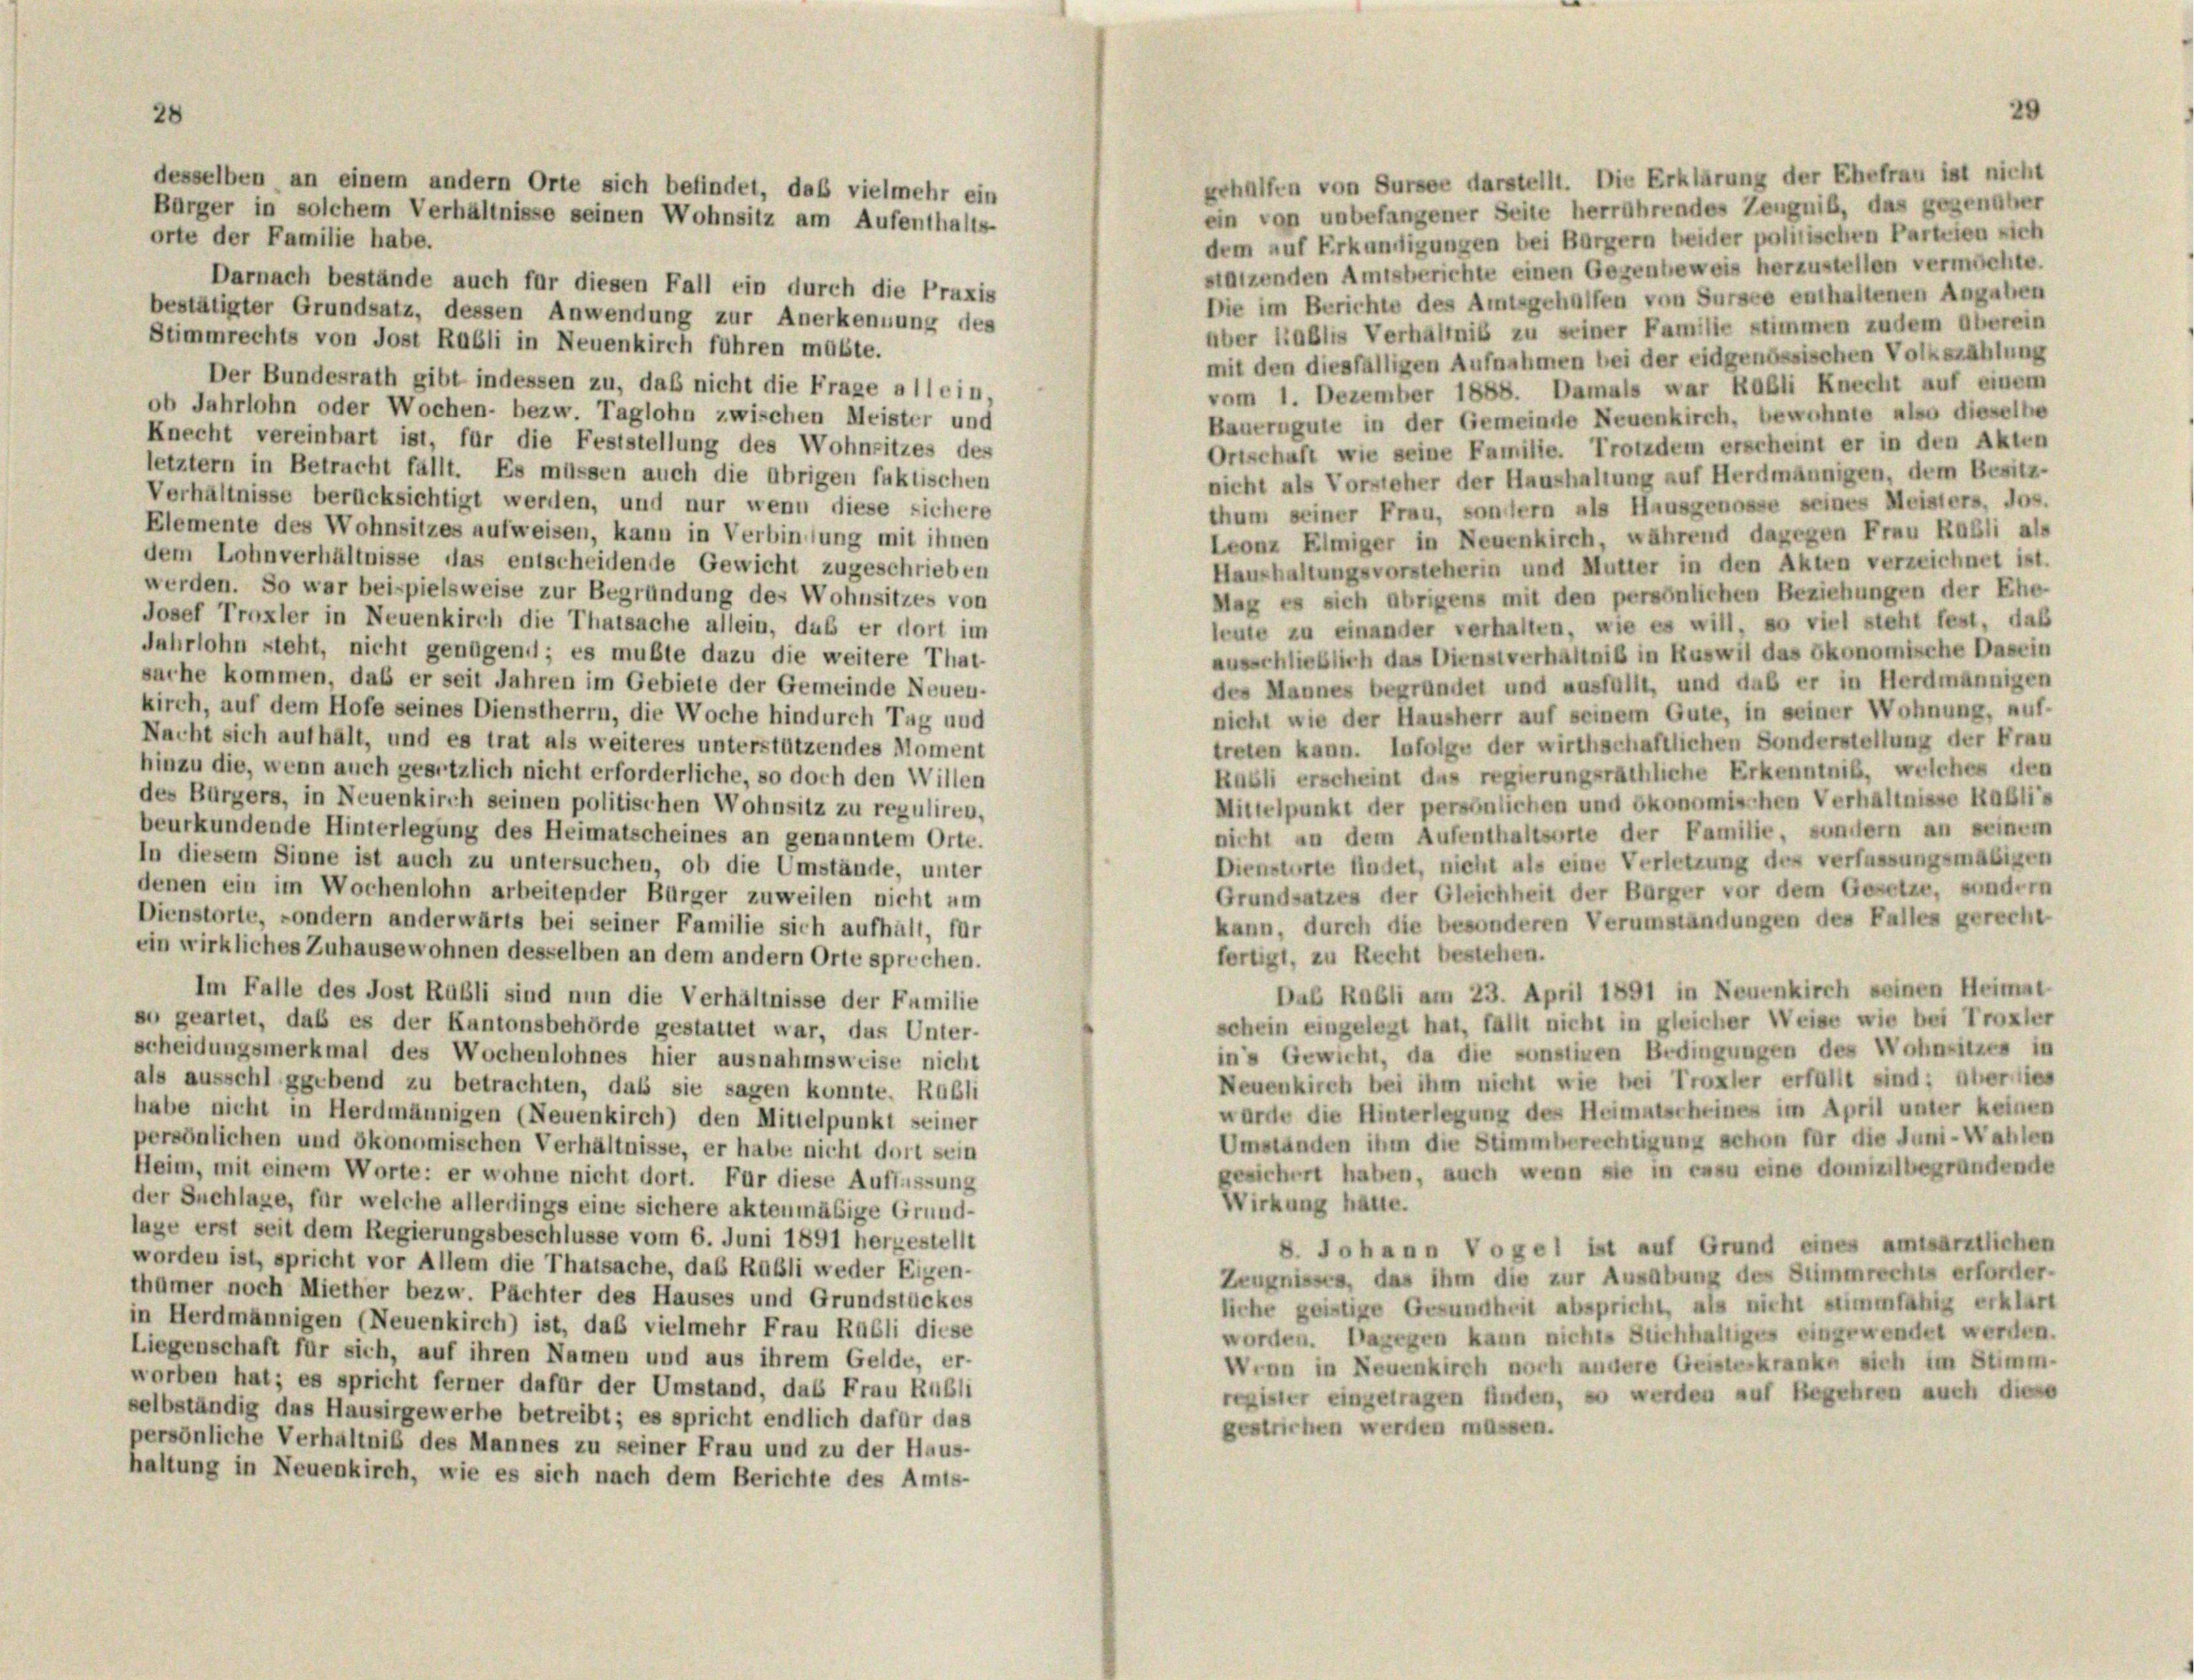
28

erhalten von Sursee darstellt. Die Erklärung der Ehefrau ist nicht
ein von unbefangener Seite herrührendes Zeugniß, das gegenüber
orte der Familie habe.
dem auf Erkundigungen bei Bürgern beider politischen Parteien sich
sätzenden Amtsberichte einen Gegenbeweis herzustellen vermochte.
Darnach bestände auch für diesen Fall ein durch die Praxis
Die im Berichte des Amtsgehalten von Sursee enthaltenen Angaben
bestätigter Grundsatz, dessen Anwendung zur Anerkennung des
über ablis Verhältnis zu seiner Familie stimmen zudem aberein
Stimmrechts von Jost Rabli in Neuenkirch führen müßte.
mit den diesfälligen Aufnahmen bei der eidgenössischen Volkszählung
Der Bundesrath gibt indessen zu, daß nicht die Frage allein,
vom 1. Dezember 1888. Damals war Rabli Knecht auf einem
ob Jahrlohn oder Wochen- bezw. Taglohn zwischen Meister und
Bauerngute in der Gemeinde Neuenkirch, bewohnte also dieselbe
Knecht vereinbart ist, für die Feststellung des Wohnsitzes des
Ortschaft wie seine Familie. Trotzdem erscheint er in den Akten
letztem in Betracht fällt. Es müssen auch die übrigen faktischen
nicht als Vorsteher der Haushaltung auf Herdmännigen, dem Besitz-
Verhältnisse berücksichtigt werden, und nur wenn diese sichere
thum seiner Frau, sonstern als Hausgenosse seines Meisters, Jos.
Elemente des Wohnsitzes aufweisen, kann in Verbindung mit ihnen
Leonz Elmiger in Neuenkirch, während dagegen Frau Rabli als
dem Lohnverhältnisse das entscheidende Gewicht zugeschrieben
Haushaltungsvorsteherin und Mutter in den Akten verzeichnet ist.
werden. So war beispielsweise zur Begründung des Wohnsitzes von
Mag es sich übrigens mit den persönlichen Beziehungen der Ehe-
Josef Troxler in Neuenkirch die Thatsache allein, daß er dort im
leute zu einander verhalten, wie es will, so viel steht fest, daß
Jahrlohn steht, nicht genügend; es mußte dazu die weitere That-
ausschließlich das Dienstverhältniß in Ruswil das ökonomische Dasein
sache kommen, daß er seit Jahren im Gebiete der Gemeinde Neuen-
des Mannes begründet und ausfüllt, und daß er in Herdmännigen
kirch, auf dem Hofe seines Dienstherrn, die Woche hindurch Tag und
nicht wie der Hausherr auf seinem Gute, in seiner Wohnung, auf-
Nacht sich aufhält, und es trat als weiteres unterstützendes Moment
treten kann. Infolge der wirthschaftlichen Sonderstellung der Frau
hinzu die, wenn auch gesetzlich nicht erforderliche, so doch den Willen
Rubli erscheint das regierungsräthliche Erkenntniß, welches den
des Bürgers, in Neuenkirch seinen politischen Wohnsitz zu reguliren,
Mittelpunkt der persönlichen und ökonomischen Verhältnisse Habli,
beurkundende Hinterlegung des Heimatscheines an genanntem Orte.
nicht an dem Aufenthaltsorte der Familie, sondern an seinem
In diesem Sinne ist auch zu untersuchen, ob die Umstände, unter
Dienstorte findet, nicht als eine Verletzung des verfassungsmäßigen
denen ein im Wochenlohn arbeitender Bürger zuweilen nicht um
Grundsatzes der Gleichheit der Bürger vor dem Gesetze, sondern
Dienstorte, sondern anderwärts bei seiner Familie sich aufhalt, für
kann, durch die besonderen Verumständungen des Falles gerecht
ein wirkliches Zuhause wohnen desselben an dem andern Orte sprechen.
fertigt, zu Recht bestehen.
Dab Rabli am 23. April 1891 in Neuenkirch seinen Heimat
Im Falle des Jost Rubli sind nun die Verhältnisse der Familie
schein eingelegt hat, fallt nicht in gleicher Weise wie bei Troxler
so geartet, daß es der Kantonsbehörde gestattet war, das Unter-
in’s Gewicht, da die sonstiven Bedingungen des Wohnsitzes in
scheidungsmerkmal des Wochenlohnes hier ausnahmsweise nicht
Neuenkirch bei ihm nicht wie bei Troxler erfüllt sind: überwies
als ausschl ggebend zu betrachten, dass sie sagen konnte. Rabli
wurde die Hinterlegung des Heimatscheines im April unter keinen
habe nicht in Herdmännigen (Neuenkirch) den Mittelpunkt seiner
Umständen ihm die Stimmberechtigung schon für die Juni-Wahlen
persönlichen und ökonomischen Verhältnisse, er habe nicht dort sein
gesichert haben, auch wenn sie in essu eine domizilbegründende
Heim, mit einem Worte: er wohne nicht dort. Für diese Auffassung
Wirkung hatte.
der Sachlage, für welche allerdings eine sichere aktenmäsige Grund-
lage erst seit dem Regierungsbeschlüsse vom 6. Juni 1891 herzestellt
8 Johann Vogel ist auf Grund eines amtsärztlichen
worden ist, spricht vor Allem die Thatsache, das Rübli weder Eigen-
Zeugnissen, das ihm die zur Ausübung des Stimmrechts erforder-
thümer noch Miether bezw. Pächter des Hauses und Grundstückes
liche geistige Gesundheit abspricht, als nicht stimmfähig erklärt
in Herdmännigen (Neuenkirch) ist, daß vielmehr Frau Rubli diese
worden. Dagegen kann nichts Stichhaltiges eingewendet werden.
Liegenschaft für sich, auf ihren Namen und aus ihrem Gelde, er-
Wenn in Neuenkirch noch andere Geisteskranke sich im Stimm-
worben hat; es spricht ferner dafür der Umstand, das Frau Rübli
register eingetragen finden, so werden auf Begehren auch diese
selbständig das Hausirgewerbe betreibt; es spricht endlich dafür das
gestrichen werden müssen.
persönliche Verhältniß des Mannes zu seiner Frau und zu der Haus-
haltung in Neuenkirch, wie es sich nach dem Berichte des Amts-

desselben an einem andern Orte sich befindet, daß vielmehr ein
Bürger in solchem Verhältnisse seinen Wohnsitz am Aufenthalts-

29